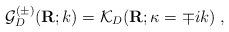
LaTeX: \begin{align*}{\mathcal G}^{(\pm)}_{{D}}({\bf R};k)={\mathcal K}_{{D}}({\bf R};\kappa= \mp ik)\; ,\end{align*}